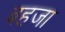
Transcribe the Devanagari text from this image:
बहजा